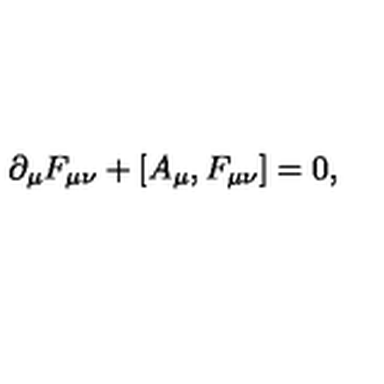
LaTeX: \partial _ { \mu } F _ { \mu \nu } + [ A _ { \mu } , F _ { \mu \nu } ] = 0 ,